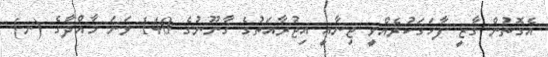
އެގޮތުން ގާޒީ ފާހަގަކުރެއްވީ ޖިނާއީ އިޖުރާއަތުގެ ގާނޫނުގެ 140 ވަނަ މާއްދާގެ (ނ)